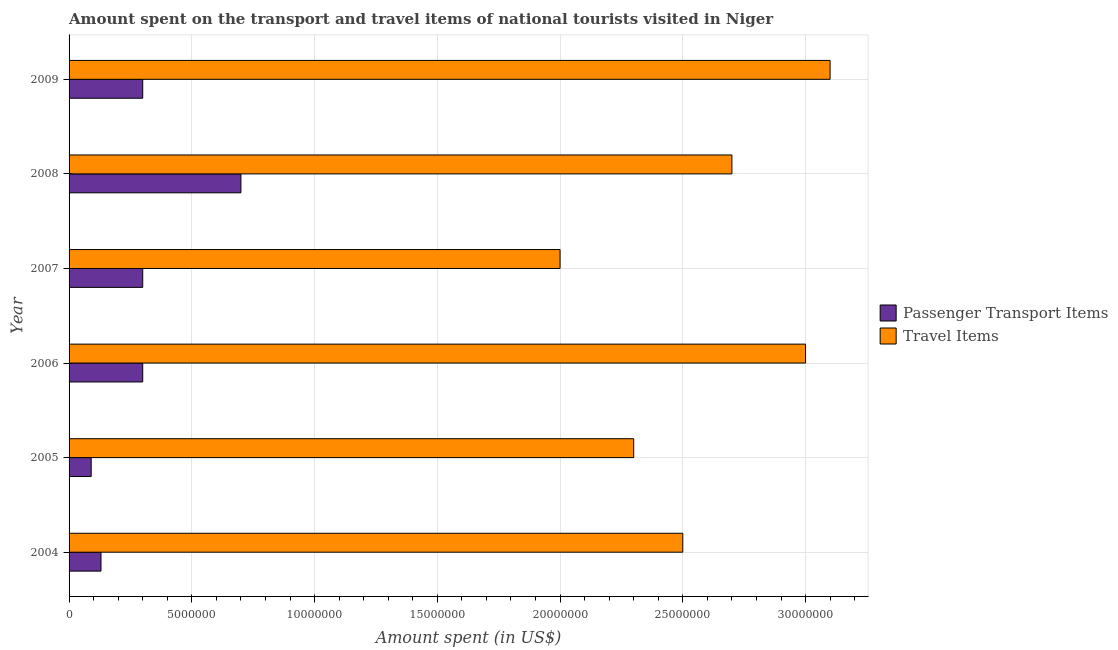
| Year | Passenger Transport Items | Travel Items |
 | --- | --- | --- |
 | 2004 | 1.3e+06 | 2.5e+07 |
 | 2005 | 9e+05 | 2.3e+07 |
 | 2006 | 3e+06 | 3e+07 |
 | 2007 | 3e+06 | 2e+07 |
 | 2008 | 7e+06 | 2.7e+07 |
 | 2009 | 3e+06 | 3.1e+07 |